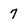
Character: 7